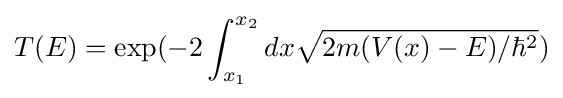
T(E)=\exp(-2\int _{x_{1}}^{x_{2}}dx{\sqrt {2m(V(x)-E)/\hbar ^{2}}})